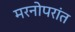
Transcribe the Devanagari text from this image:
मरनोपरांत